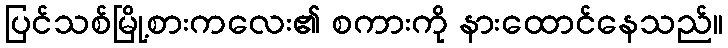
ပြင်သစ်မြို့စားကလေး၏ စကားကို နားထောင်နေသည်။